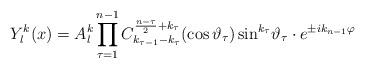
LaTeX: \begin{align*}Y_l^k(x)=A_l^k\prod_{\tau=1}^{n-1}C_{k_{\tau-1}-k_\tau}^{\frac{n-\tau}{2}+k_\tau}(\cos\vartheta_\tau)\sin^{k_\tau}\!\vartheta_\tau\cdot e^{\pm ik_{n-1}\varphi}\end{align*}